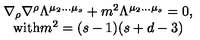
\begin{array} { c } { \nabla _ { \rho } \nabla ^ { \rho } \Lambda ^ { \mu _ { 2 } \ldots \mu _ { s } } + m ^ { 2 } \Lambda ^ { \mu _ { 2 } \ldots \mu _ { s } } = 0 , } \\ { \mathrm { w i t h } m ^ { 2 } = ( s - 1 ) ( s + d - 3 ) } \\ \end{array}